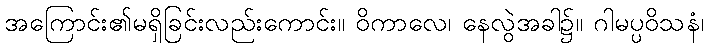
အကြောင်း၏မရှိခြင်းလည်းကောင်း။ ဝိကာလေ၊ နေလွဲအခါ၌။ ဂါမပ္ပဝိသနံ၊